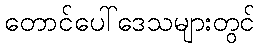
တောင်ပေါ်ဒေသများတွင်